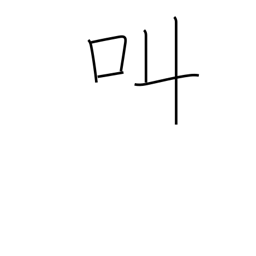
Meaning: shout